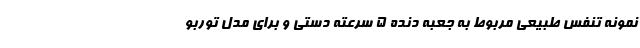
نمونه تنفس طبیعی مربوط به جعبه دنده 5 سرعته دستی و برای مدل توربو